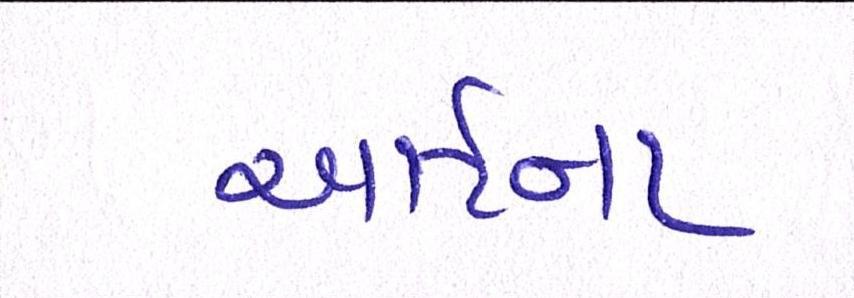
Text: આર્ટના